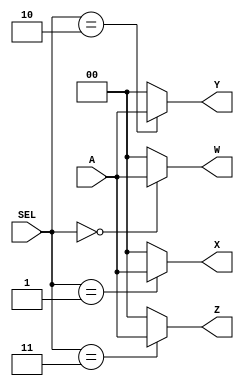
`timescale 1ns / 1ps
//////////////////////////////////////////////////////////////////////////////////
// Company: 
// Engineer: 
// 
// Design Name: 
// Module Name: q3_1006357
// Project Name: 
// Target Devices: 
// Tool Versions: 
// Description: 
// 
// Dependencies: 
// 
// Revision:
// Revision 0.01 - File Created
// Additional Comments:
// 
//////////////////////////////////////////////////////////////////////////////////

module demultiplexer(

    input [1:0]A,
    input [1:0]SEL,
    output [1:0]W,
    output [1:0]X,
    output [1:0]Y,
    output [1:0]Z

    );

assign W = (SEL == 2'b00) ? A : 2'b00;
assign X = (SEL == 2'b01) ? A : 2'b00;
assign Y = (SEL == 2'b10) ? A : 2'b00;
assign Z = (SEL == 2'b11) ? A : 2'b00;


endmodule